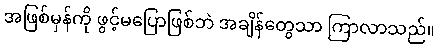
အဖြစ်မှန်ကို ဖွင့်မပြောဖြစ်ဘဲ အချိန်တွေသာ ကြာလာသည်။